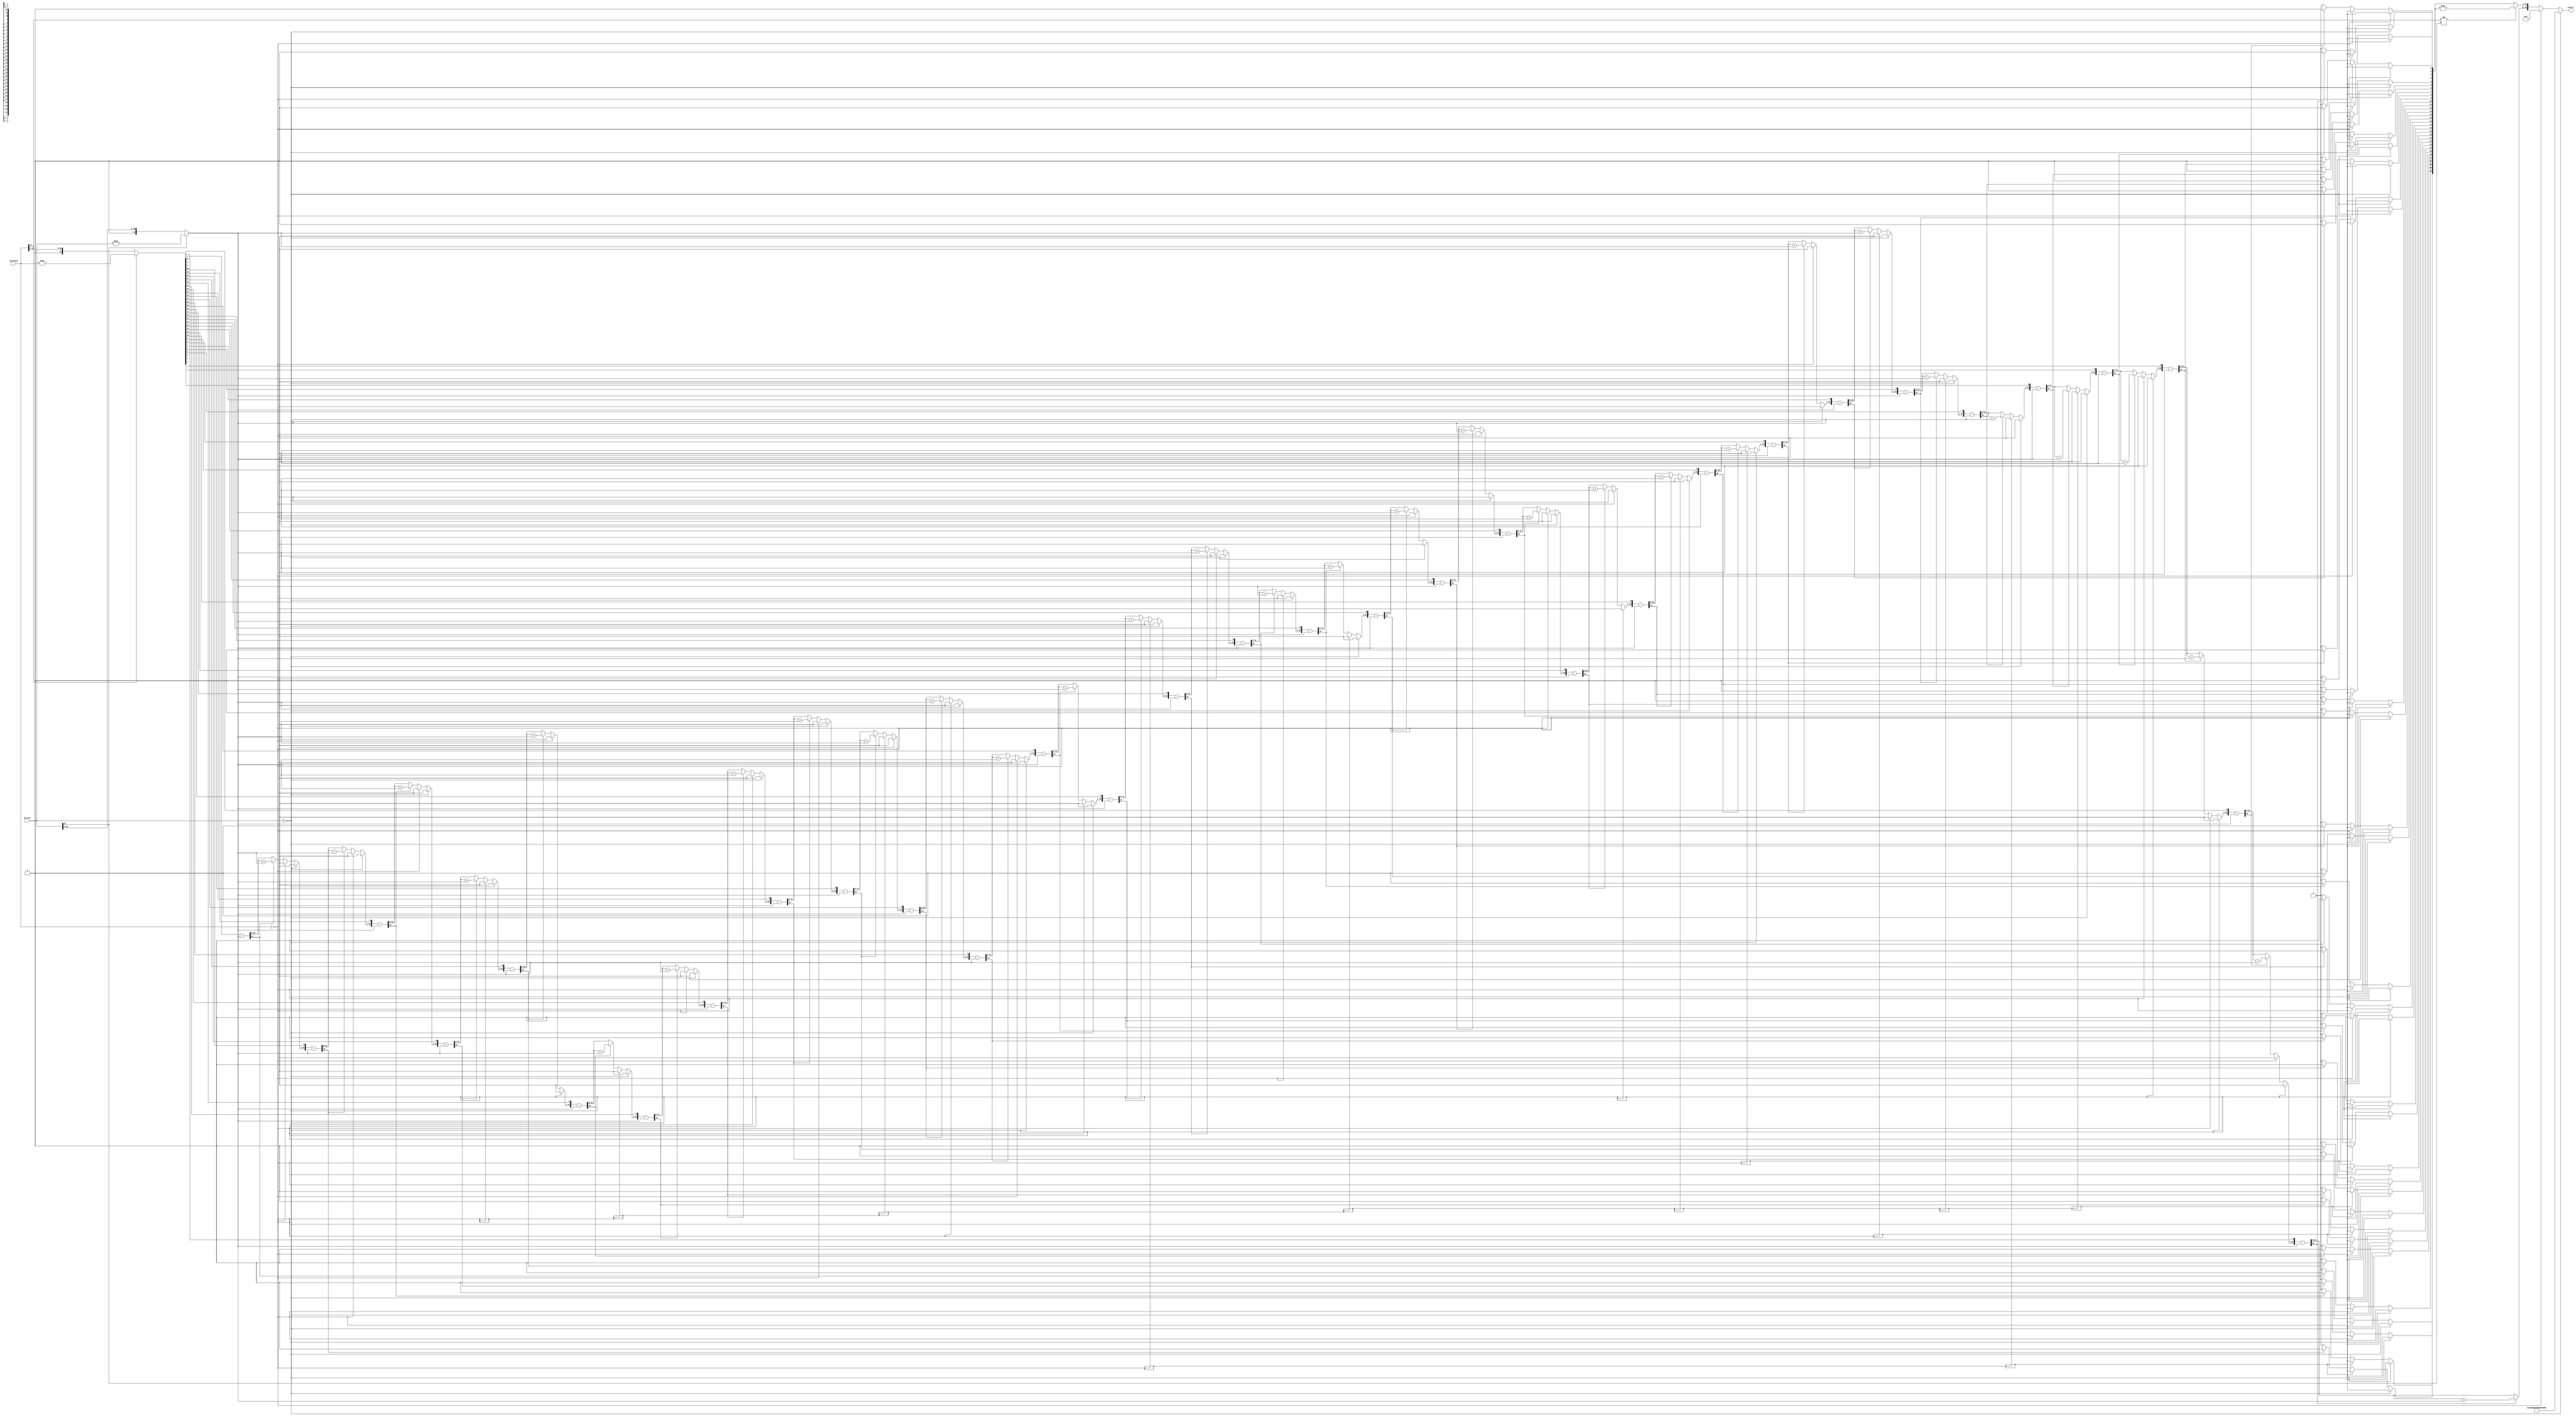
// Combinational divison using array divider and non-restoring algorithm
module div_combinational #(parameter DATA_WIDTH = 32)(
    input wire [DATA_WIDTH-1:0] dividend,
    input wire [DATA_WIDTH-1:0] divisor,
    output reg [2*DATA_WIDTH-1:0] result
);

// Initalize registers
reg [DATA_WIDTH:0] temp_remainder;
reg [DATA_WIDTH-1:0] temp_quotient;
integer i;
reg [DATA_WIDTH-1:0] abs_dividend;
reg [DATA_WIDTH-1:0] abs_divisor;

always @* begin

    // Initialize
    temp_quotient = 0;
    temp_remainder = 0;
    abs_dividend = 0;
    abs_divisor = 0;
    i = 0;

    if (divisor == 0) begin     // Check if dividing by 0
        result = {2*DATA_WIDTH{1'b1}};

    end else if (dividend == 0) begin       // Check is dividend is 0
        result = 0;

    end else begin

        // If signed bit it 1 then get absolute value of dividend and divisor if signed bit is 0 then change nothing
        abs_dividend = dividend[DATA_WIDTH-1] ? -dividend : dividend;
        abs_divisor = divisor[DATA_WIDTH-1] ? -divisor : divisor;

        // Non Restoring division algorithm 
        for (i = DATA_WIDTH-1; i >= 0; i = i -1) begin

            temp_remainder = temp_remainder << 1;
            temp_remainder[0] = abs_dividend[i];

            temp_remainder = temp_remainder - abs_divisor;

            if (temp_remainder[DATA_WIDTH]) begin

                temp_quotient[i] = 0;
                temp_remainder = temp_remainder + abs_divisor;

            end else begin
                
                temp_quotient[i] = 1;

            end
        end

        // If the signed bits are not equal then 1 of them has to be a negative. Update quotient.
        if (dividend[DATA_WIDTH-1] != divisor[DATA_WIDTH-1]) begin
            temp_quotient = -temp_quotient;
        end

        // Concatinate remainder and quotient into 64-bit result
        result = {temp_remainder[DATA_WIDTH-1:0], temp_quotient};
    end
end
endmodule